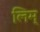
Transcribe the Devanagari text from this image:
लिम्‌